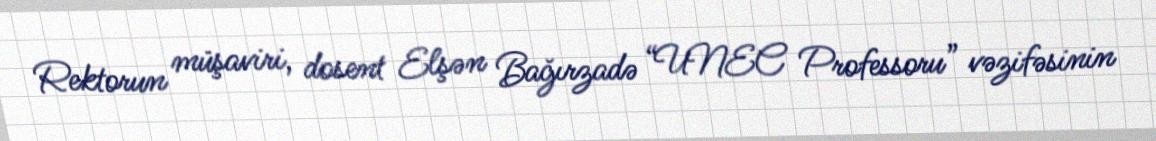
Rektorun müşaviri, dosent Elşən Bağırzadə “UNEC Professoru” vəzifəsinin